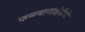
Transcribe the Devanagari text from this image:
फळबागाईतीचे